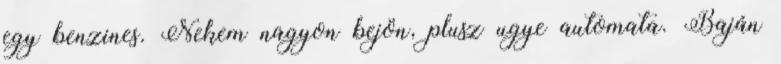
egy benzines. Nekem nagyon bejön, plusz ugye automata. Baján